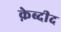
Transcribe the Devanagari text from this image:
क़ेब्दीद